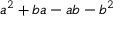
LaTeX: a ^ { 2 } + b a - a b - b ^ { 2 }